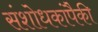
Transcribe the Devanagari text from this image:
संशोधकांपैकी